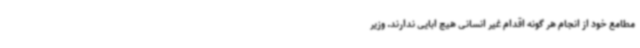
مطامع خود از انجام هر گونه اقدام غیر انسانی هیچ ابایی ندارند. وزیر